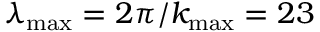
\lambda _ { \operatorname* { m a x } } = 2 \pi / k _ { \operatorname* { m a x } } = 2 3